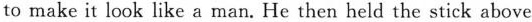
to make it look like a man. He then held the stick above